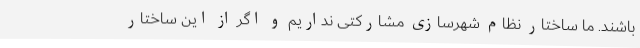
باشند. ما ساختار نظام شهرسازی مشارکتی نداریم و اگر از این ساختار